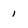
Character: 1